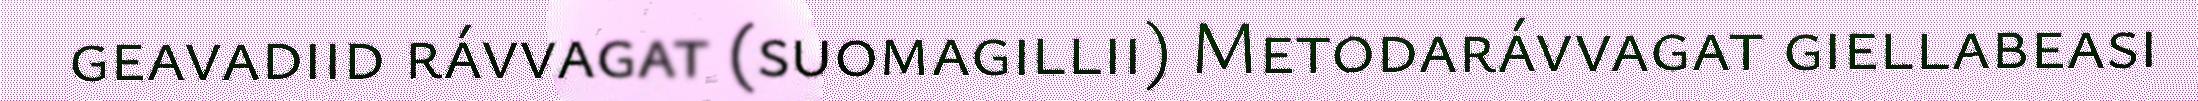
geavadiid rávvagat (suomagillii) Metodarávvagat giellabeasi